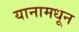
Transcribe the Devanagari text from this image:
यानामधून